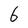
Character: 6